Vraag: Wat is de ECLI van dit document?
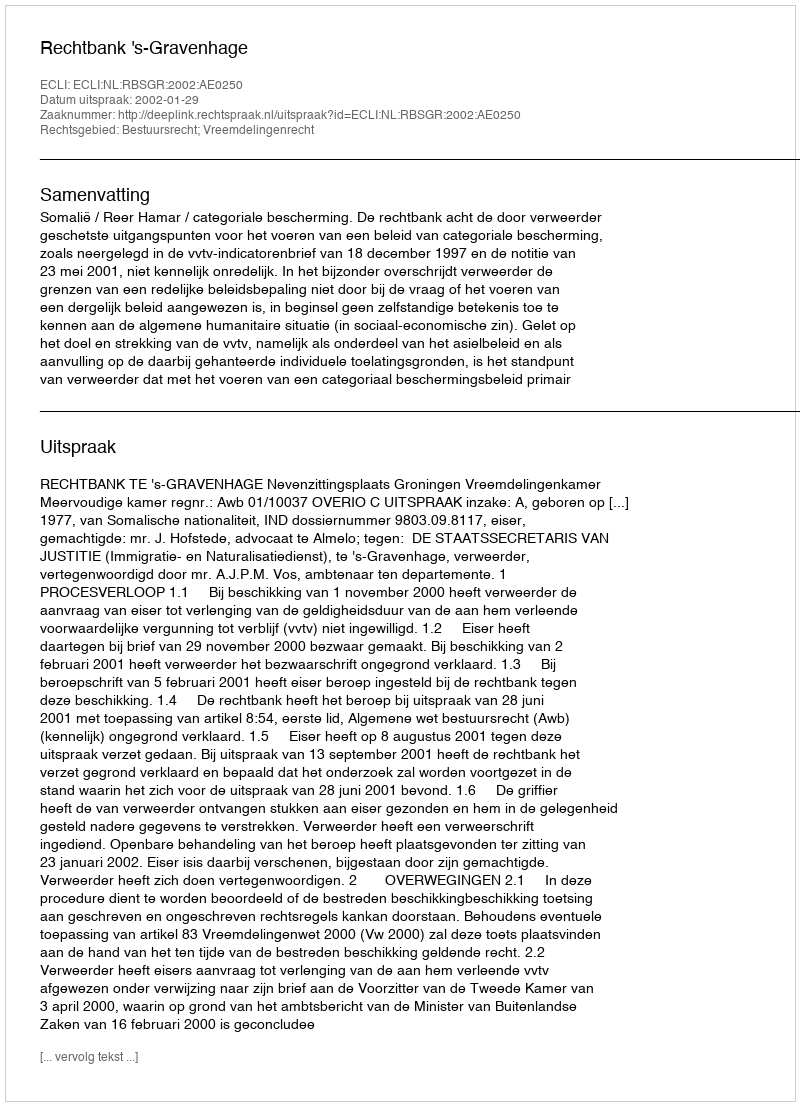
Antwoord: ECLI:NL:RBSGR:2002:AE0250